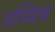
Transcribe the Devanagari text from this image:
तय्यिब